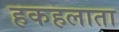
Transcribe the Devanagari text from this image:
हकहलाता